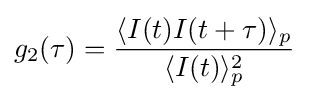
g_{2}(\tau )={\frac {\langle I(t)I(t+\tau )\rangle _{p}}{\langle I(t)\rangle _{p}^{2}}}